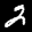
Label: 2